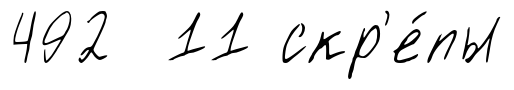
492 11 скр'е́пы